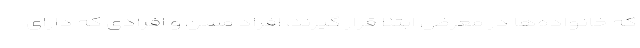
که خانواده‌ها در معرض ابتلا قرار گیرند، افراد مسن و افرادی که دارای